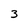
Character: 3